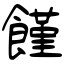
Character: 饉